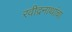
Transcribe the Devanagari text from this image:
रवीद्रनाथांचा